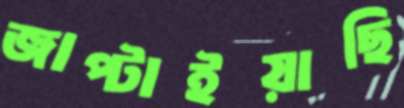
জাপ্‌টাইয়াছি